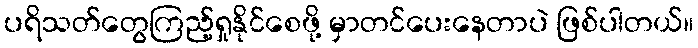
ပရိသတ်တွေကြည့်ရှုနိုင်စေဖို့ မှာတင်ပေးနေတာပဲ ဖြစ်ပါတယ်။